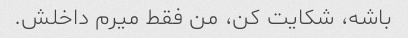
باشه، شکایت کن، من فقط میرم داخلش.